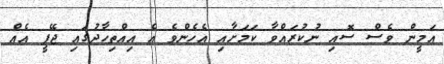
އަމީން ވެސް ސޮއި ނުކުރައްވާ ކަމަށާއި އެހެންވެ އެ އިއްތިހާދުގައި ޖޭޕީ އެއް